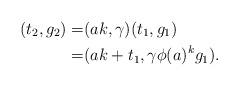
LaTeX: \begin{align*}(t_2,g_2) =& (ak,\gamma)(t_1,g_1) \\=& (ak + t_1, \gamma \phi(a)^kg_1). \end{align*}